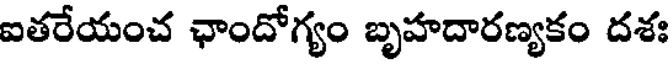
ఐతరేయంచ ఛాందోగ్యం బృహదారణ్యకం దశః